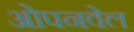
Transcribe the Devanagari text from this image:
ओपनवेल